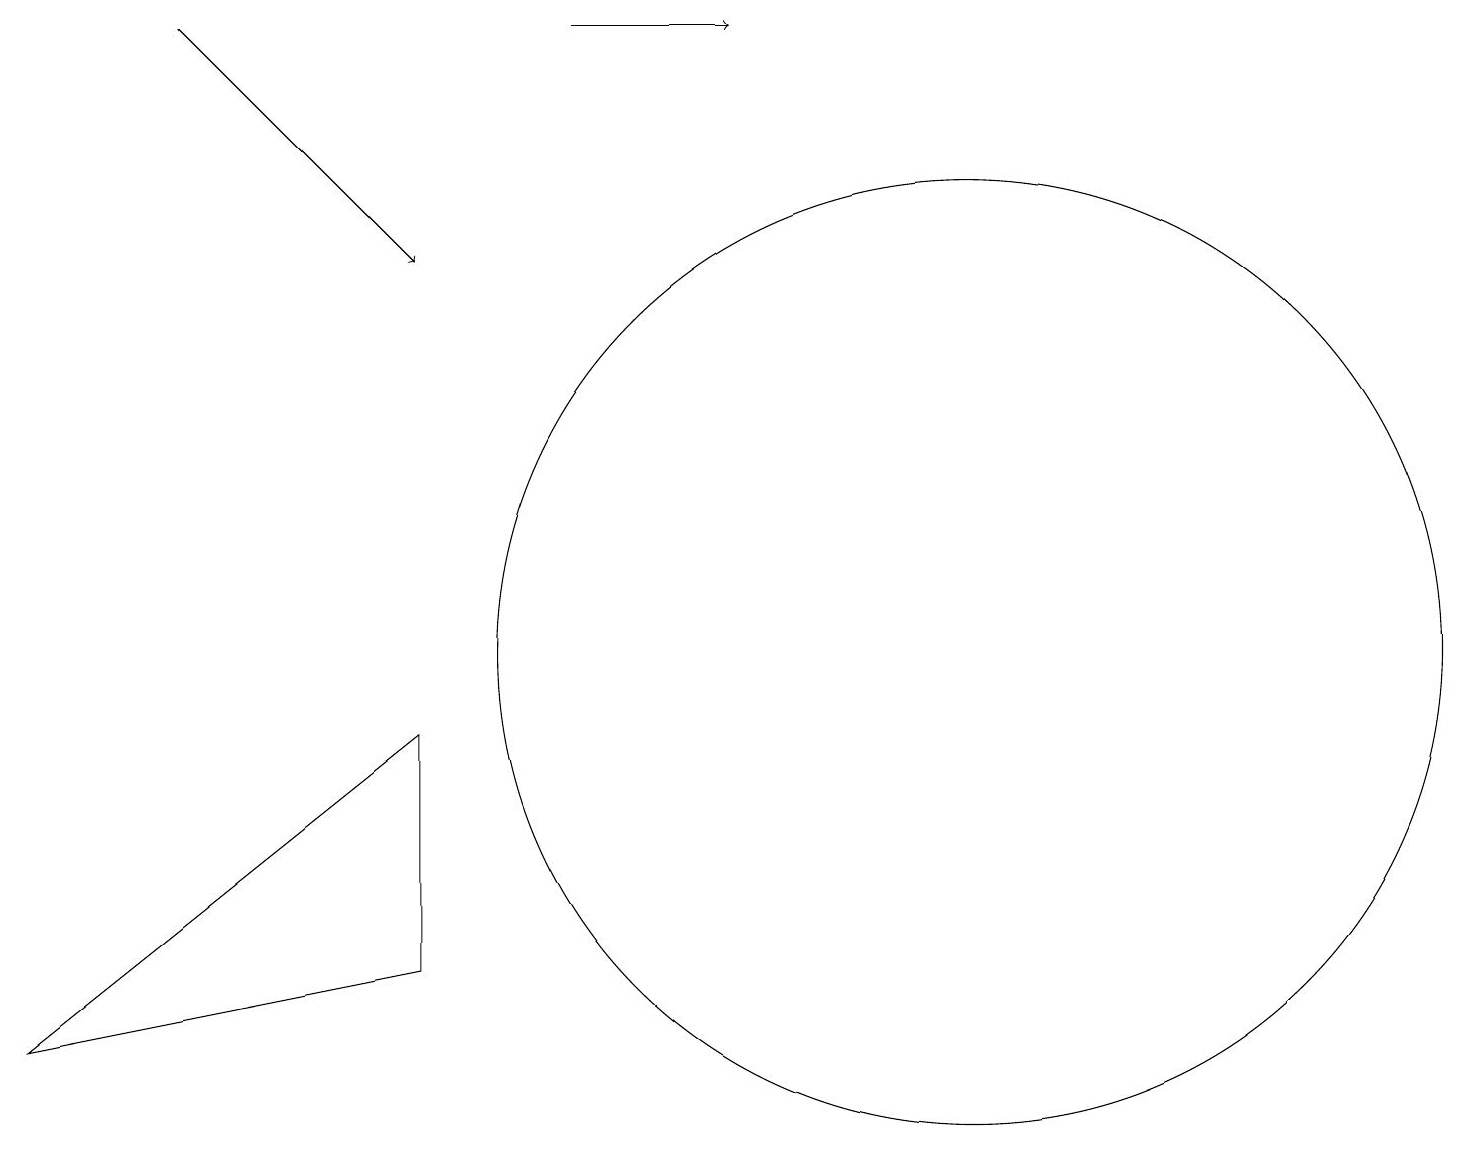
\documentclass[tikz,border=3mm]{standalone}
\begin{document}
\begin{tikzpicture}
\draw[->] (2,18) -- (5,15);
\draw (12,10) circle (6);
\draw[->] (7,18) -- (9,18);
\draw (5,9) -- (0,5) -- (5,6) -- cycle;
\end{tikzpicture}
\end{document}